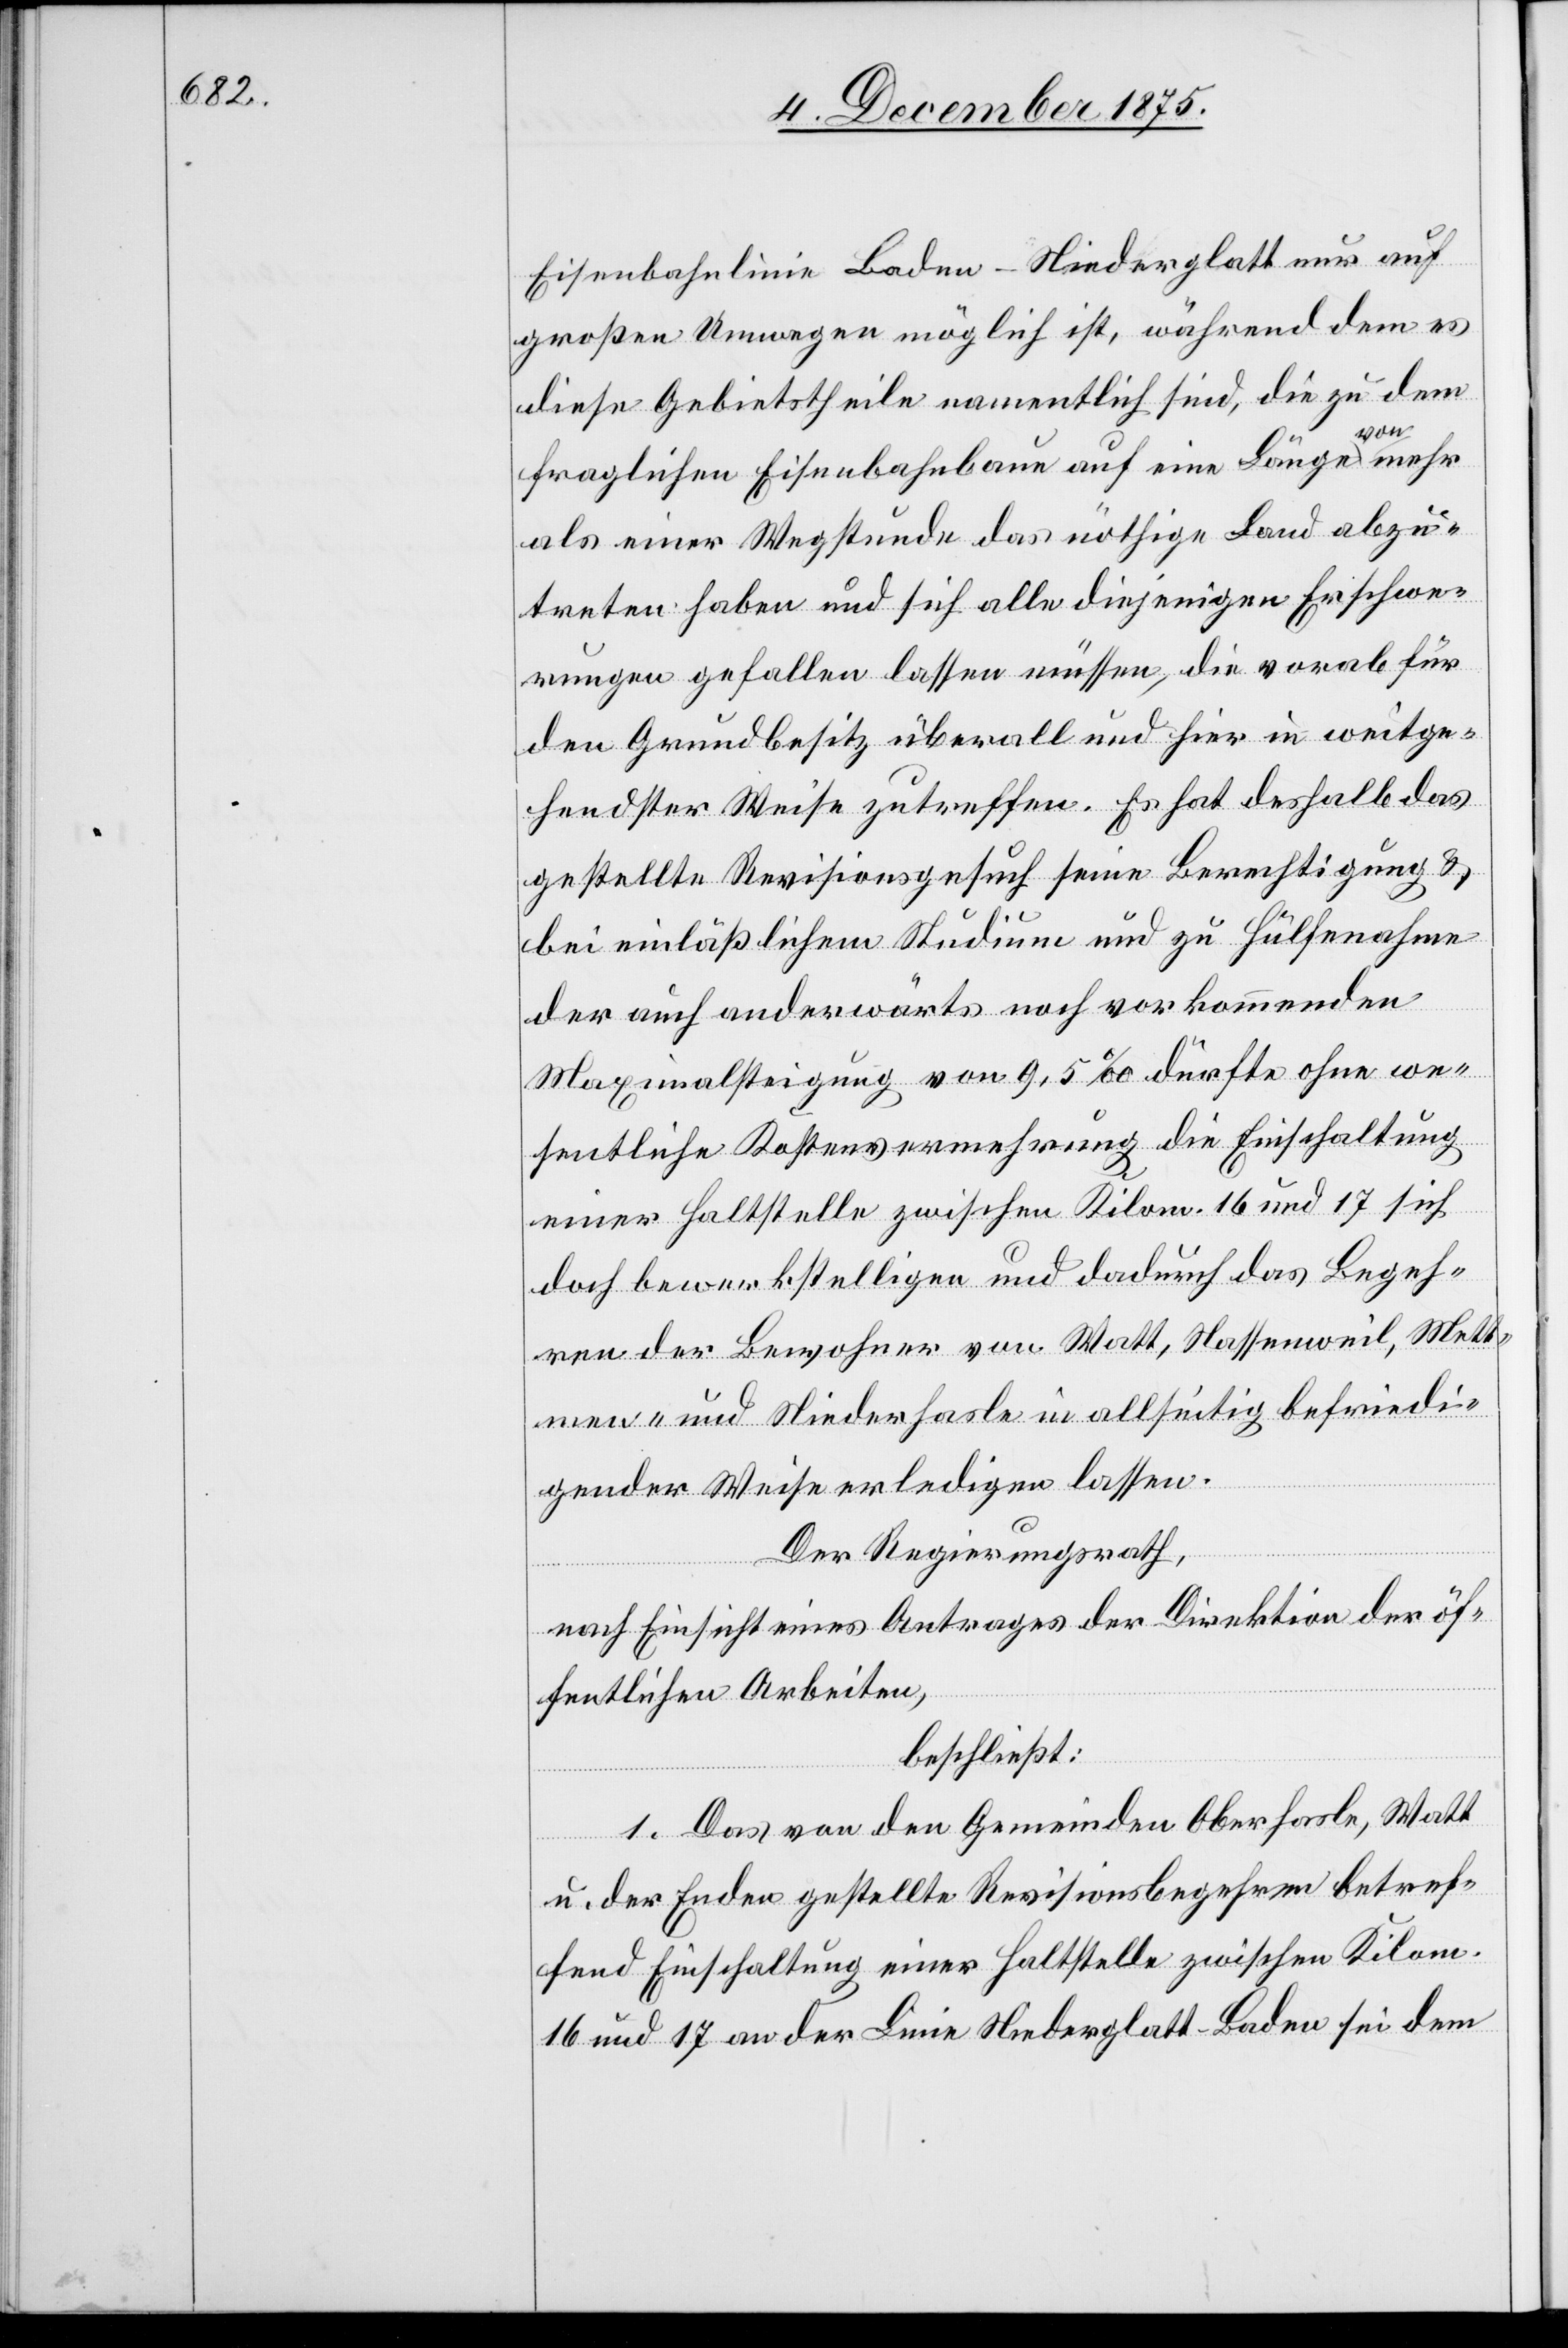
Eisenbahnlinie Baden–Niederglatt nur auf
großen Umwegen möglich ist, während dem es
diese Gebietstheile namentlich sind, die zu dem
fraglichen Eisenbahnbaue auf eine Länge von mehr
als einer Wegstunde das nöthige Land abzu¬
treten haben und sich alle diejenigen Erschwe¬
rungen gefallen lassen müssen, die vorab für
den Grundbesitz überall und hier in weitge¬
hendster Weise zutreffen. Es hat deshalb das
gestellte Revisionsgesuch seine Berechtigung &
bei einläßlichem Studium und zu Hülfenahme
der auch anderwärts noch vorkommenden
Maximalsteigung von 9,5‰ dürfte ohne we¬
sentliche Kostenvermehrung die Einschaltung
einer Haltstelle zwischen Kilom. 16 und 17 sich
doch bewerkstelligen und dadurch das Begeh¬
ren der Bewohner von Watt, Nassenweil, Mett¬
men- und Niederhasle in allseitig befriedi¬
gender Weise erledigen lassen.
Der Regierungsrath,
nach Einsicht eines Antrages der Direktion der öf¬
fentlichen Arbeiten,
beschließt:
1. Das von den Gemeinden Oberhasle, Watt
u. der Enden gestellte Revisionsbegehren betref¬
fend Einschaltung einer Haltstelle zwischen Kilom.
16 und 17 an der Linie Niederglatt–Baden sei dem